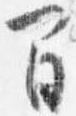
間